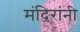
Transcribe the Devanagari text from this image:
मंदिरांनी